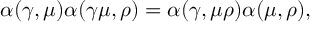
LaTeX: \alpha ( \gamma , \mu ) \alpha ( \gamma \mu , \rho ) = \alpha ( \gamma , \mu \rho ) \alpha ( \mu , \rho ) ,